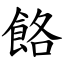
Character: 餎